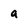
Character: a